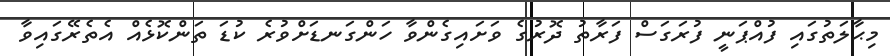
މިޙާލަތުގައި ފުއްޕަނީ ފުރަގަސް ފަރާތު ދޮރުގެ ވަށައިގެންވާ ހަންގަނޑަށްވުރެ ކުޑަ ތަންކޮޅެއް އެތެރޭގައިވާ